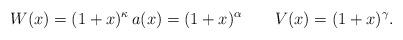
LaTeX: \begin{align*} W(x)= (1+x)^{\kappa} \, a(x) = (1+x)^\alpha \qquad V(x) = (1+x)^\gamma . \end{align*}